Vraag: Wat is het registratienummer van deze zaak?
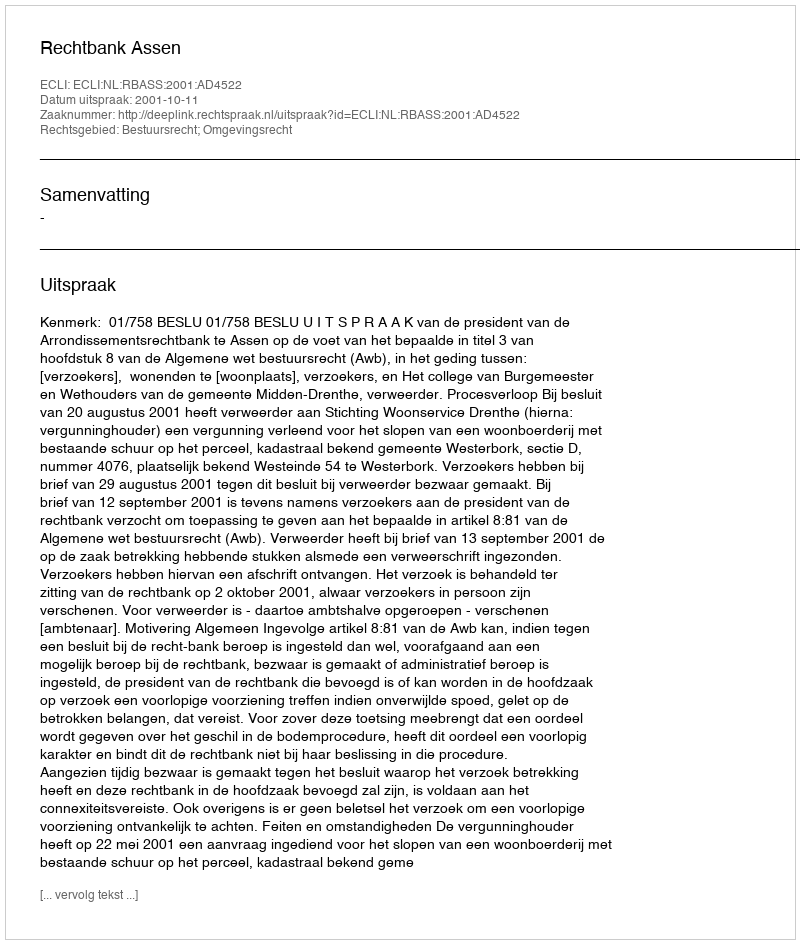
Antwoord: http://deeplink.rechtspraak.nl/uitspraak?id=ECLI:NL:RBASS:2001:AD4522